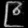
Digit: ၉